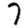
Digit: 7